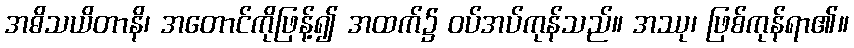
အဓိသယိတာနိ၊ အတောင်ကိုဖြန့်၍ အထက်၌ ဝပ်အပ်ကုန်သည်။ အဿု၊ ဖြစ်ကုန်ရာ၏။